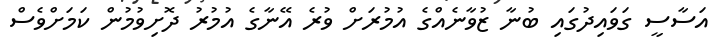
އަސާސީ ގަވައިދުގައި ބުނާ ޒުވާނެއްގެ އުމުރަށް ވުރެ އޭނާގެ އުމުރު ދޮށިވުމުން ކަމަަށްވެސް